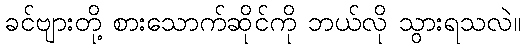
ခင်ဗျားတို့ စားသောက်ဆိုင်ကို ဘယ်လို သွားရသလဲ။